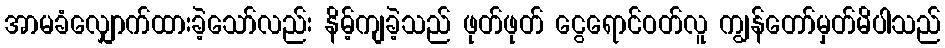
အာမခံလျှောက်ထားခဲ့သော်လည်း နိမ့်ကျခဲ့သည် ဖုတ်ဖုတ် ငွေရောင်ဝတ်လူ ကျွန်တော်မှတ်မိပါသည်